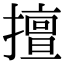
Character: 擅